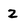
Character: 2